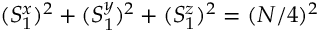
( S _ { 1 } ^ { x } ) ^ { 2 } + ( S _ { 1 } ^ { y } ) ^ { 2 } + ( S _ { 1 } ^ { z } ) ^ { 2 } = ( N / 4 ) ^ { 2 }